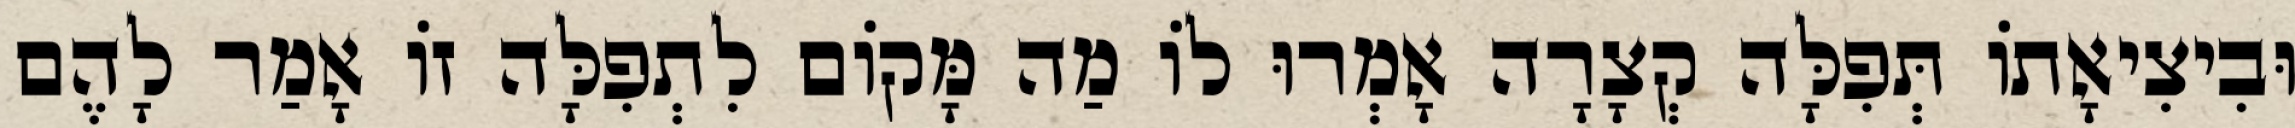
וּבִיצִיאָתוֹ תְּפִלָּה קְצָרָה אָמְרוּ לוֹ מַה מָּקוֹם לִתְפִלָּה זוֹ אָמַר לָהֶם